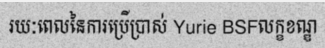
រយៈពេលនៃការប្រើប្រាស់ Yurie BSFលក្ខខណ្ឌ